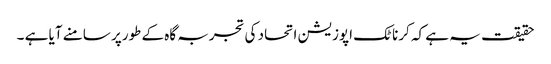
حقیقت یہ ہے کہ کرناٹک اپوزیشن اتحاد کی تجربہ گاہ کے طورپر سامنے آیا ہے ۔